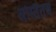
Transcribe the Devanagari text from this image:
अस्तितब